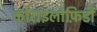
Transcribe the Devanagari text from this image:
कोराइलोफ़िडी